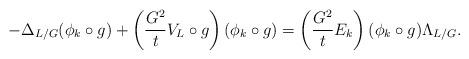
LaTeX: \begin{align*} -\Delta_{L/G} (\phi_k \circ g) + \left( \frac{G^2}{t} V_L \circ g \right) \left( \phi_k \circ g \right) = \left( \frac{G^2}{t} E_k \right) (\phi_k \circ g)\Lambda_{L/G}.\end{align*}